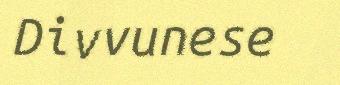
Divvunese